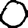
Digit: 0